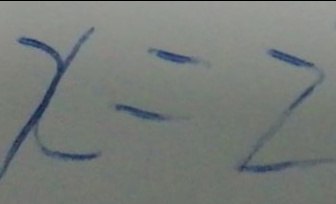
x = 2